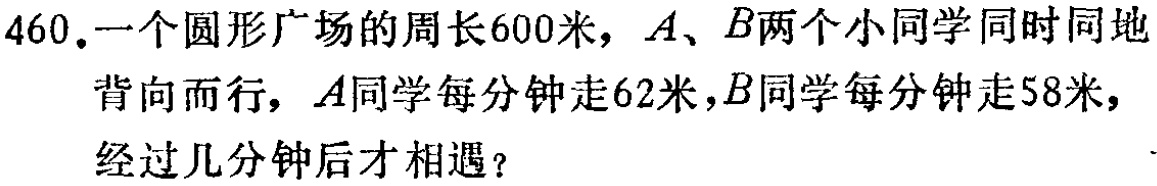
460.一个圆形广场的周长600米，\(A\)、\(B\)两个小同学同时同地背向而行，\(A\)同学每分钟走62米，\(B\)同学每分钟走58米，经过几分钟后才相遇？